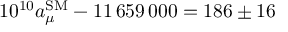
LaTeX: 1 0 ^ { 1 0 } a _ { \mu } ^ { \mathrm { S M } } - 1 1 \, 6 5 9 \, 0 0 0 = 1 8 6 \pm 1 6